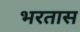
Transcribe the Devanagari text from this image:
भरतास